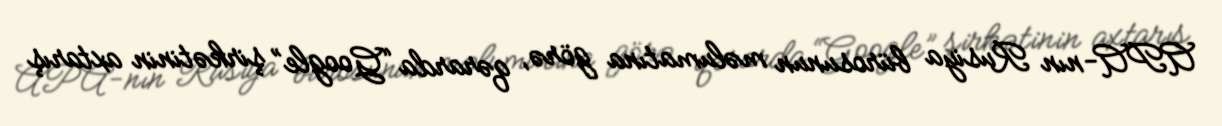
APA-nın Rusiya bürosunun məlumatına görə, qərarda “Google” şirkətinin axtarış